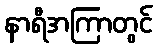
နာရီအကြာတွင်